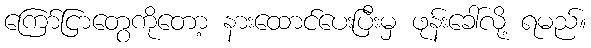
ကြော်ငြာတွေကိုတော့ နားထောင်ပေးပြီးမှ ဖုန်းခေါ်လို့ ရမည်။